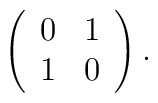
\left( \begin{array}{cc} 0 & 1 \\1 & 0 \end{array} \right).